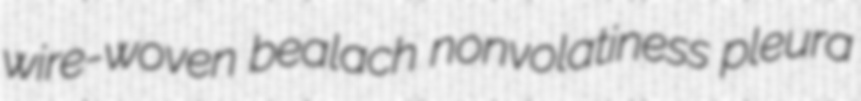
wire-woven bealach nonvolatiness pleura